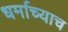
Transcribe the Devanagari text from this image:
धर्माच्याच